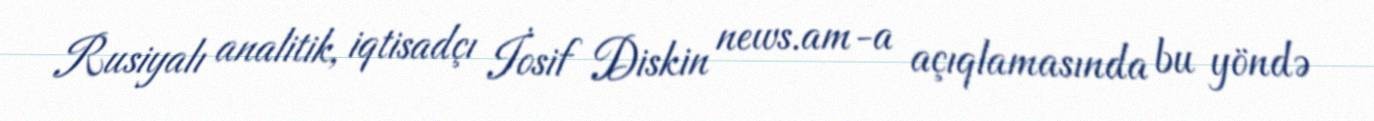
Rusiyalı analitik, iqtisadçı İosif Diskin news.am-a açıqlamasında bu yöndə